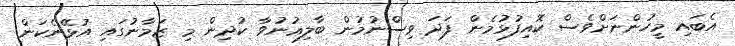
އެބައި މީހުންނަށްވެސް ކޮއިފުޅުމެން ފަދަ ވިސްނުމުން ބާލިޢުނުވާ ކުދިން މި ޒަމާނުގައި އުޅޭނެކަން